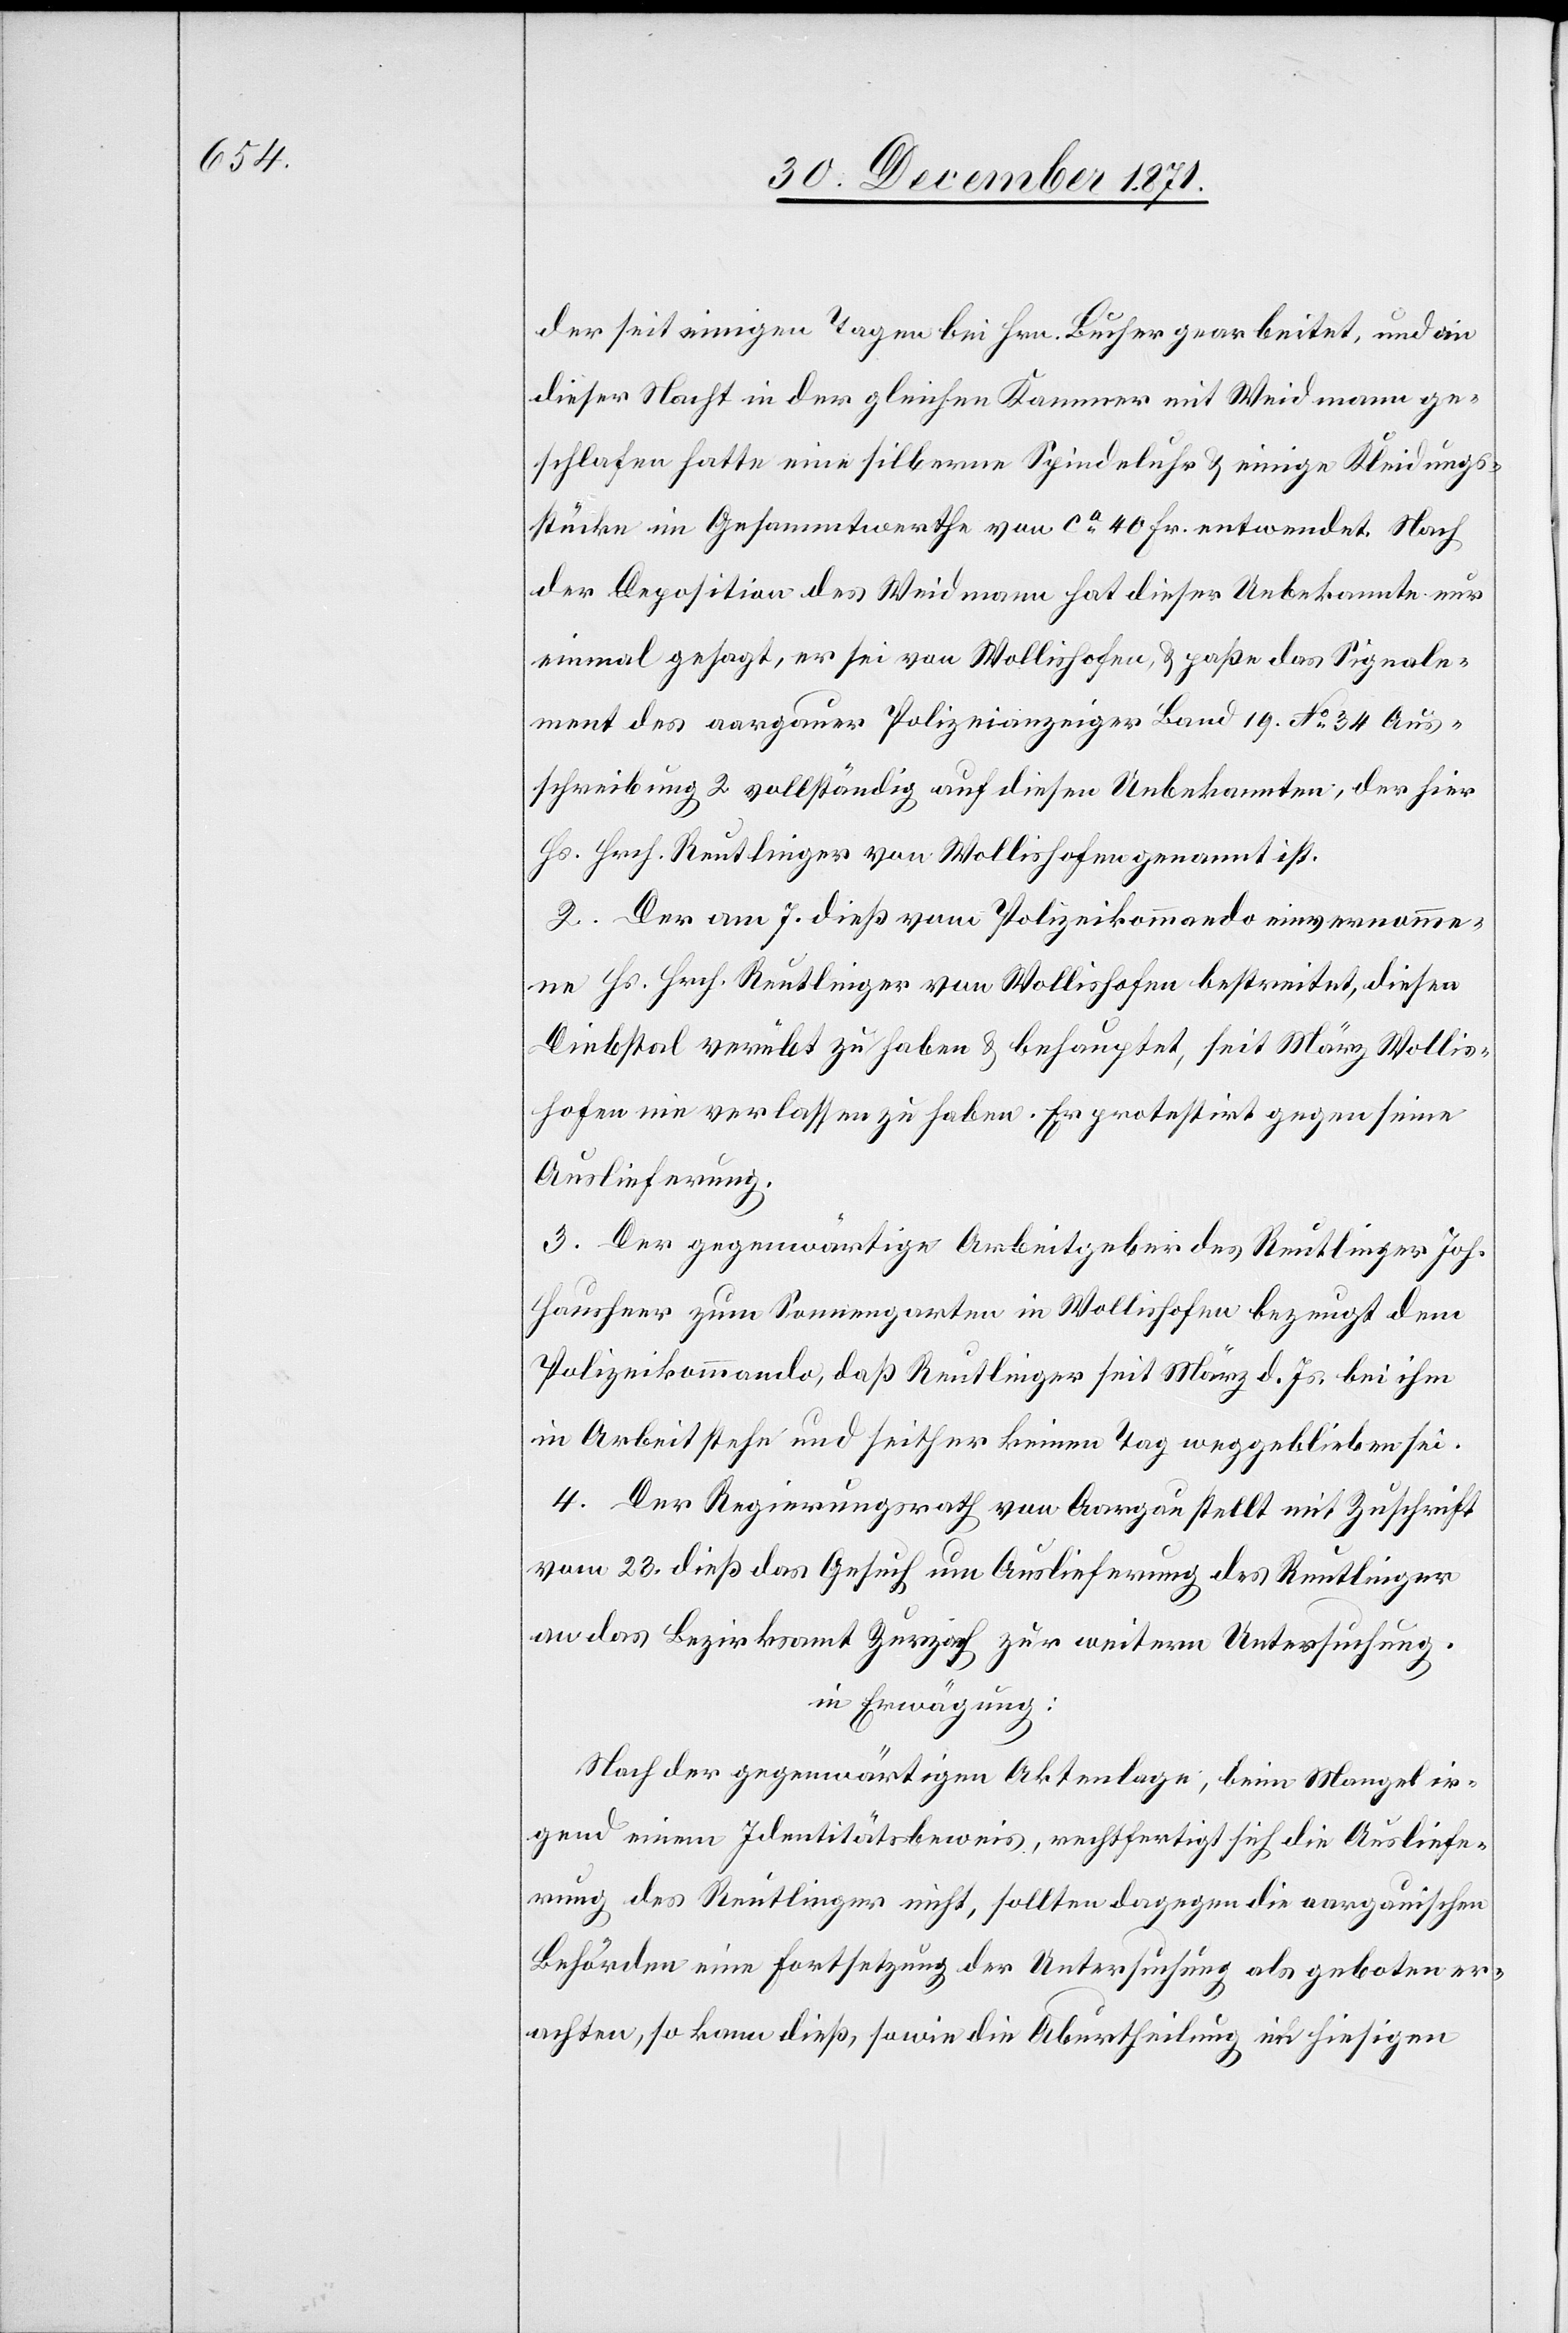
der seit einigen Tagen bei Hrn. Bucher gearbeitet, und in
dieser Nacht in der gleichen Kammer mit Weidmann ge¬
schlafen hatte eine silberne Spindeluhr & einige Kleidungs¬
stücke im Gesammtwerte von ca. 40 Fr. entwendet. Nach
der Deposition des Weidmann hat dieser Unbekannte nun
einmal gesagt, er sei von Wollishofen, & passe das Signale¬
ment des aargauer Polizeianzeiger Band 19. No. 34 Aus¬
schreibung 2 vollständig auf diesen Unbekannten, der hier
Hs. Hrch. Reutlinger von Wollishofen genannt ist.
2. Der am 7. dieß vom Polizeikommando einvernomme¬
ne Hs. Hrch. Reutlinger von Wollishofen bestreitet, diesen
Diebstal verübt zu haben & behauptet, seit März Wollis¬
hofen nie verlassen zu haben. Er protestirt gegen seine
Auslieferung.
3. Der gegenwärtige Arbeitsgeber des Reutlinger Joh.
[sic!] zum Sonnengarten in Wollishofen bezeugt dem
Polizeikommando, daß Reutlinger seit März d. Js. bei ihm
in Arbeit stehe und seither keinen Tag weggeblieben sei.
4. Der Regierungsrath von Aargau stellt mit Zuschrift
vom 23. dieß das Gesuch um Auslieferung des Reutlinger
an das Bezirksamt Zürich zur weitern Untersuchung.
in Erwägung:
Nach der gegenwärtigen Aktenlage, beim Mangel ir¬
gend einem Identitätsbeweis, rechtfertigt sich die Ausliefe¬
rung des Reutlinger nicht, sollten dagegen die aargauischen
Behörden eine Fortsetzung der Untersuchung als geboten er¬
achten, so kann dieß, sowie die Aburtheilung im hiesigen